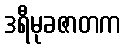
ဒရီမုခဇာတက